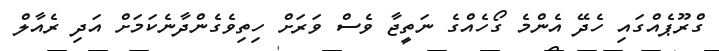
ގްރޫޕެއްގައި ހެދޭ އެންމެ ގޯހެއްގެ ނަތީޖާ ވެސް ވަރަށް ހިތިވެގެންދާނެކަމަށް އަދި ރެއާލް